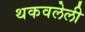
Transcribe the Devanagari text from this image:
थकवलेली